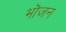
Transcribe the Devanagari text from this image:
भॊजन